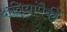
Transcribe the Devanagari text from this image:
क्षत्रियांपैकीं